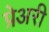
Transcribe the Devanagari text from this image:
प्रेअरी